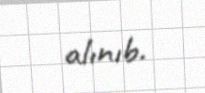
alınıb.